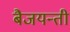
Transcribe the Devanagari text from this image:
बैजयन्‍ती